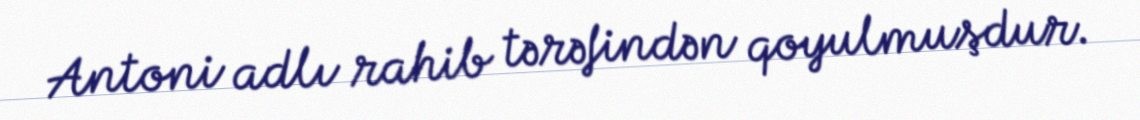
Antoni adlı rahib tərəfindən qoyulmuşdur.